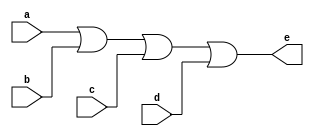
`timescale 1ns / 1ps
//////////////////////////////////////////////////////////////////////////////////
// Company: 
// Engineer: 
// 
// Design Name: 
// Module Name: orGate_3bit_2
// Project Name: 
// Target Devices: 
// Tool Versions: 
// Description: 
// 
// Dependencies: 
// 
// Revision:
// Revision 0.01 - File Created
// Additional Comments:
// 
//////////////////////////////////////////////////////////////////////////////////


module orGate_3bit_2(a,b,c,d,e);
input[2:0] a,b,c,d;
output[2:0] e;
assign e = a|b|c|d;
endmodule